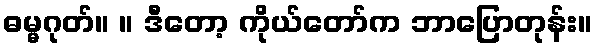
ဓမ္မဂုတ်။ ။ ဒီတော့ ကိုယ်တော်က ဘာပြောတုန်း။